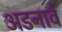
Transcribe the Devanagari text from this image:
अडनावे